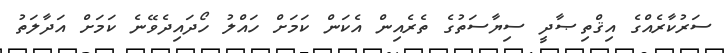
ސަރުކާރެއްގެ އިޤްތިޞާދީ ސިޔާސަތުގެ ތެރެއިން އެކަން ކަމަށް ހައްލު ހޯދައިދެވޭނެ ކަމަށް އަދާލަތު